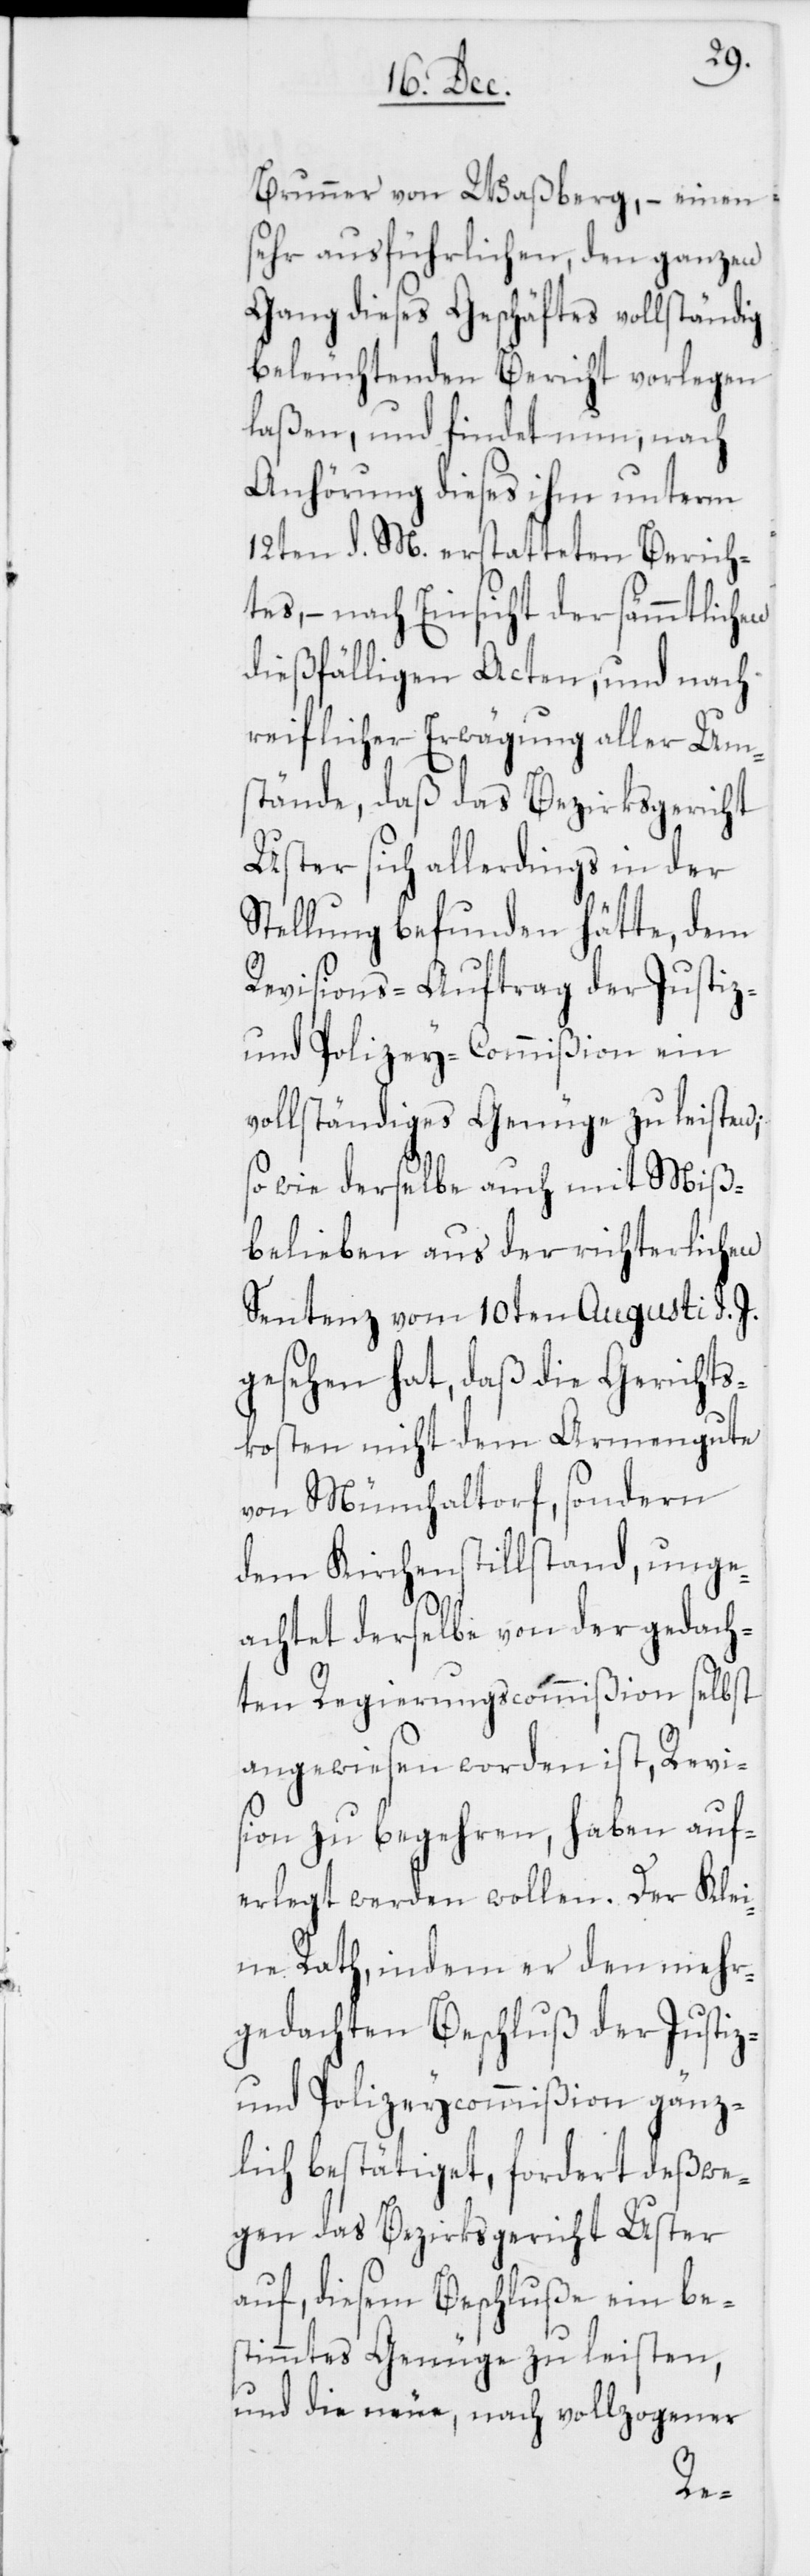
Brunner von Waßberg, – einen
sehr ausführlichen, den ganzen
Gang dieses Geschäftes vollständig
beleuchtenden Bericht vorlegen
laßen, und findet nun, nach
Anhörung dieses ihm unterm
12ten d. M. erstatteten Berich¬
tes, – nach Einsicht der sämmtlichen
dießfälligen Acten, und nach
reiflicher Erwägung aller Um¬
stände, daß das Bezirksgericht
Uster sich allerdings in der
Stellung befunden hätte, dem
Revisions-Auftrag der Justiz-
und Polizey-Commißion ein
vollständiges Genüge zu leisten;
so wie derselbe auch mit Miß¬
belieben aus der richterlichen
Sentenz vom 10ten Augusti d. J.
gesehen hat, daß die Gerichts¬
kosten nicht dem Armengute
von Münchaltorf, sondern
dem Kirchenstillstand, unge¬
achtet derselbe von der gedach¬
ten Regierungscommißion selbst
angewiesen worden ist, Revi¬
sion zu begehren, haben auf¬
erlegt werden wollen. Der Klei¬
ne Rath, indem er den mehr¬
gedachten Beschluß der Justiz-
und Polizeycommißion gänz¬
lich bestätiget, fordert deßwe¬
gen das Bezirksgericht Uster
auf, diesem Beschluße ein be¬
stimmtes Genüge zu leisten,
und die neue, nach vollzogener